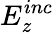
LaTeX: E_{z}^{inc}